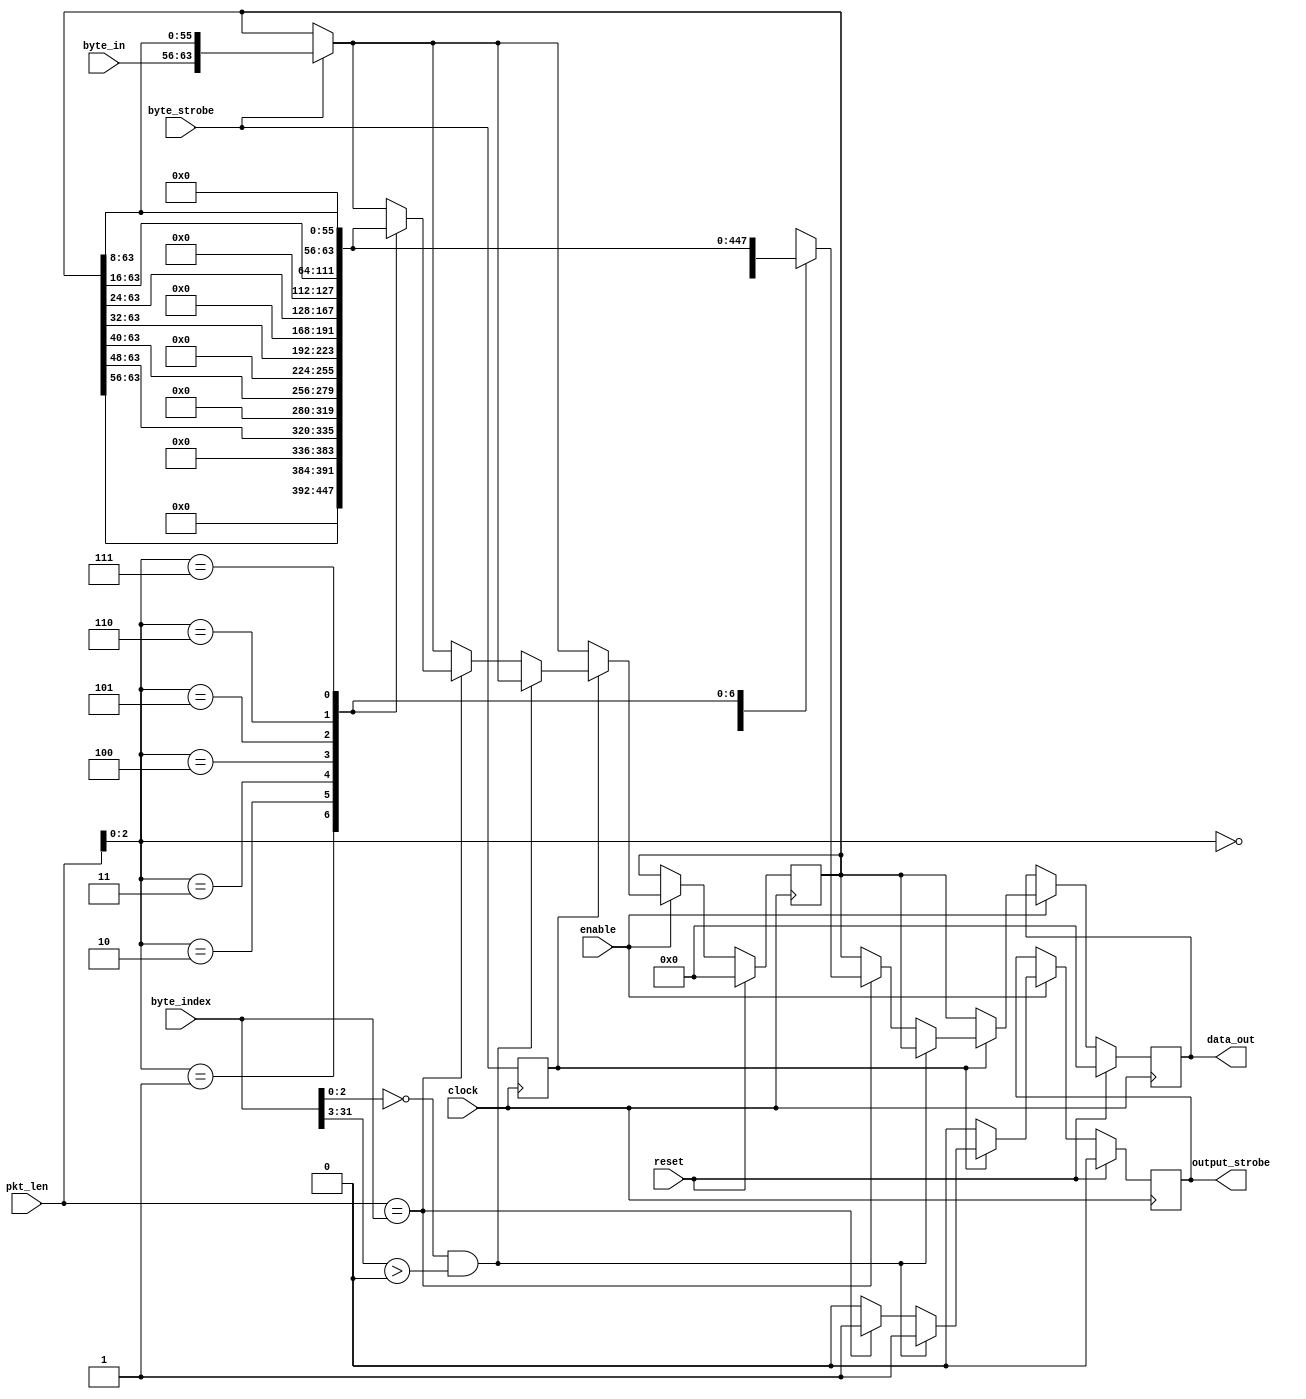
// This program was cloned from: https://github.com/jhshi/openofdm
// License: Apache License 2.0

/********************************************************           
    * An interface to assemble bytes into 64 bits.         *   
    *                                                      *   
    ********************************************************/  
module intf_64bit (
    input clock,
    input reset,
    input enable,
    input wire [15:0] pkt_len,
    input wire [31:0] byte_index,
    input wire [7:0] byte_in,
    input wire byte_strobe,

    output reg [63:0] data_out,
    output reg output_strobe
);


    reg byte_strobe_delay ;
    reg [63:0] dout ; 
    always @ (posedge clock)
    begin
        byte_strobe_delay <= byte_strobe ;
        //data_out <= dout ;
    end
    
    always @ (posedge clock)
    begin
        if(reset) begin
            dout <= 64'h0 ;
            data_out <= 64'h0;
            output_strobe <= 1'b0 ;
        end  
        else if(enable) begin
            output_strobe <= 1'b0 ;
            data_out <= dout ;
            if(byte_strobe) begin
                dout <= {byte_in, dout[63:8]} ;
            end
            if(byte_strobe_delay) begin
                if(byte_index[2:0] == 3'b0 && byte_index[31:3] > 0 )
                    output_strobe <= 1'b1 ;
                else if (pkt_len == byte_index) begin
                    output_strobe <= 1'b1 ;
                    case (pkt_len[2:0])
                        3'b000: data_out <= dout;
                        3'b001: begin data_out <= {56'b0,dout[63:56]}; dout <= {56'b0,dout[63:56]}; end
                        3'b010: begin data_out <= {48'b0,dout[63:48]}; dout <= {48'b0,dout[63:48]}; end
                        3'b011: begin data_out <= {40'b0,dout[63:40]}; dout <= {40'b0,dout[63:40]}; end
                        3'b100: begin data_out <= {32'b0,dout[63:32]}; dout <= {32'b0,dout[63:32]}; end
                        3'b101: begin data_out <= {24'b0,dout[63:24]}; dout <= {24'b0,dout[63:24]}; end
                        3'b110: begin data_out <= {16'b0,dout[63:16]}; dout <= {16'b0,dout[63:16]}; end
                        3'b111: begin data_out <= {8'b0,dout[63:8]};   dout <= {8'b0,dout[63:8]};   end  
                        default: data_out <= dout;
                    
                    endcase
                
                end
                  
            end
        
        end
    
    end

endmodule